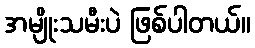
အမျိုးသမီးပဲ ဖြစ်ပါတယ်။